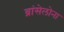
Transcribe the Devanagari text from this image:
ब्रांसेलोना